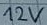
Text: 12V